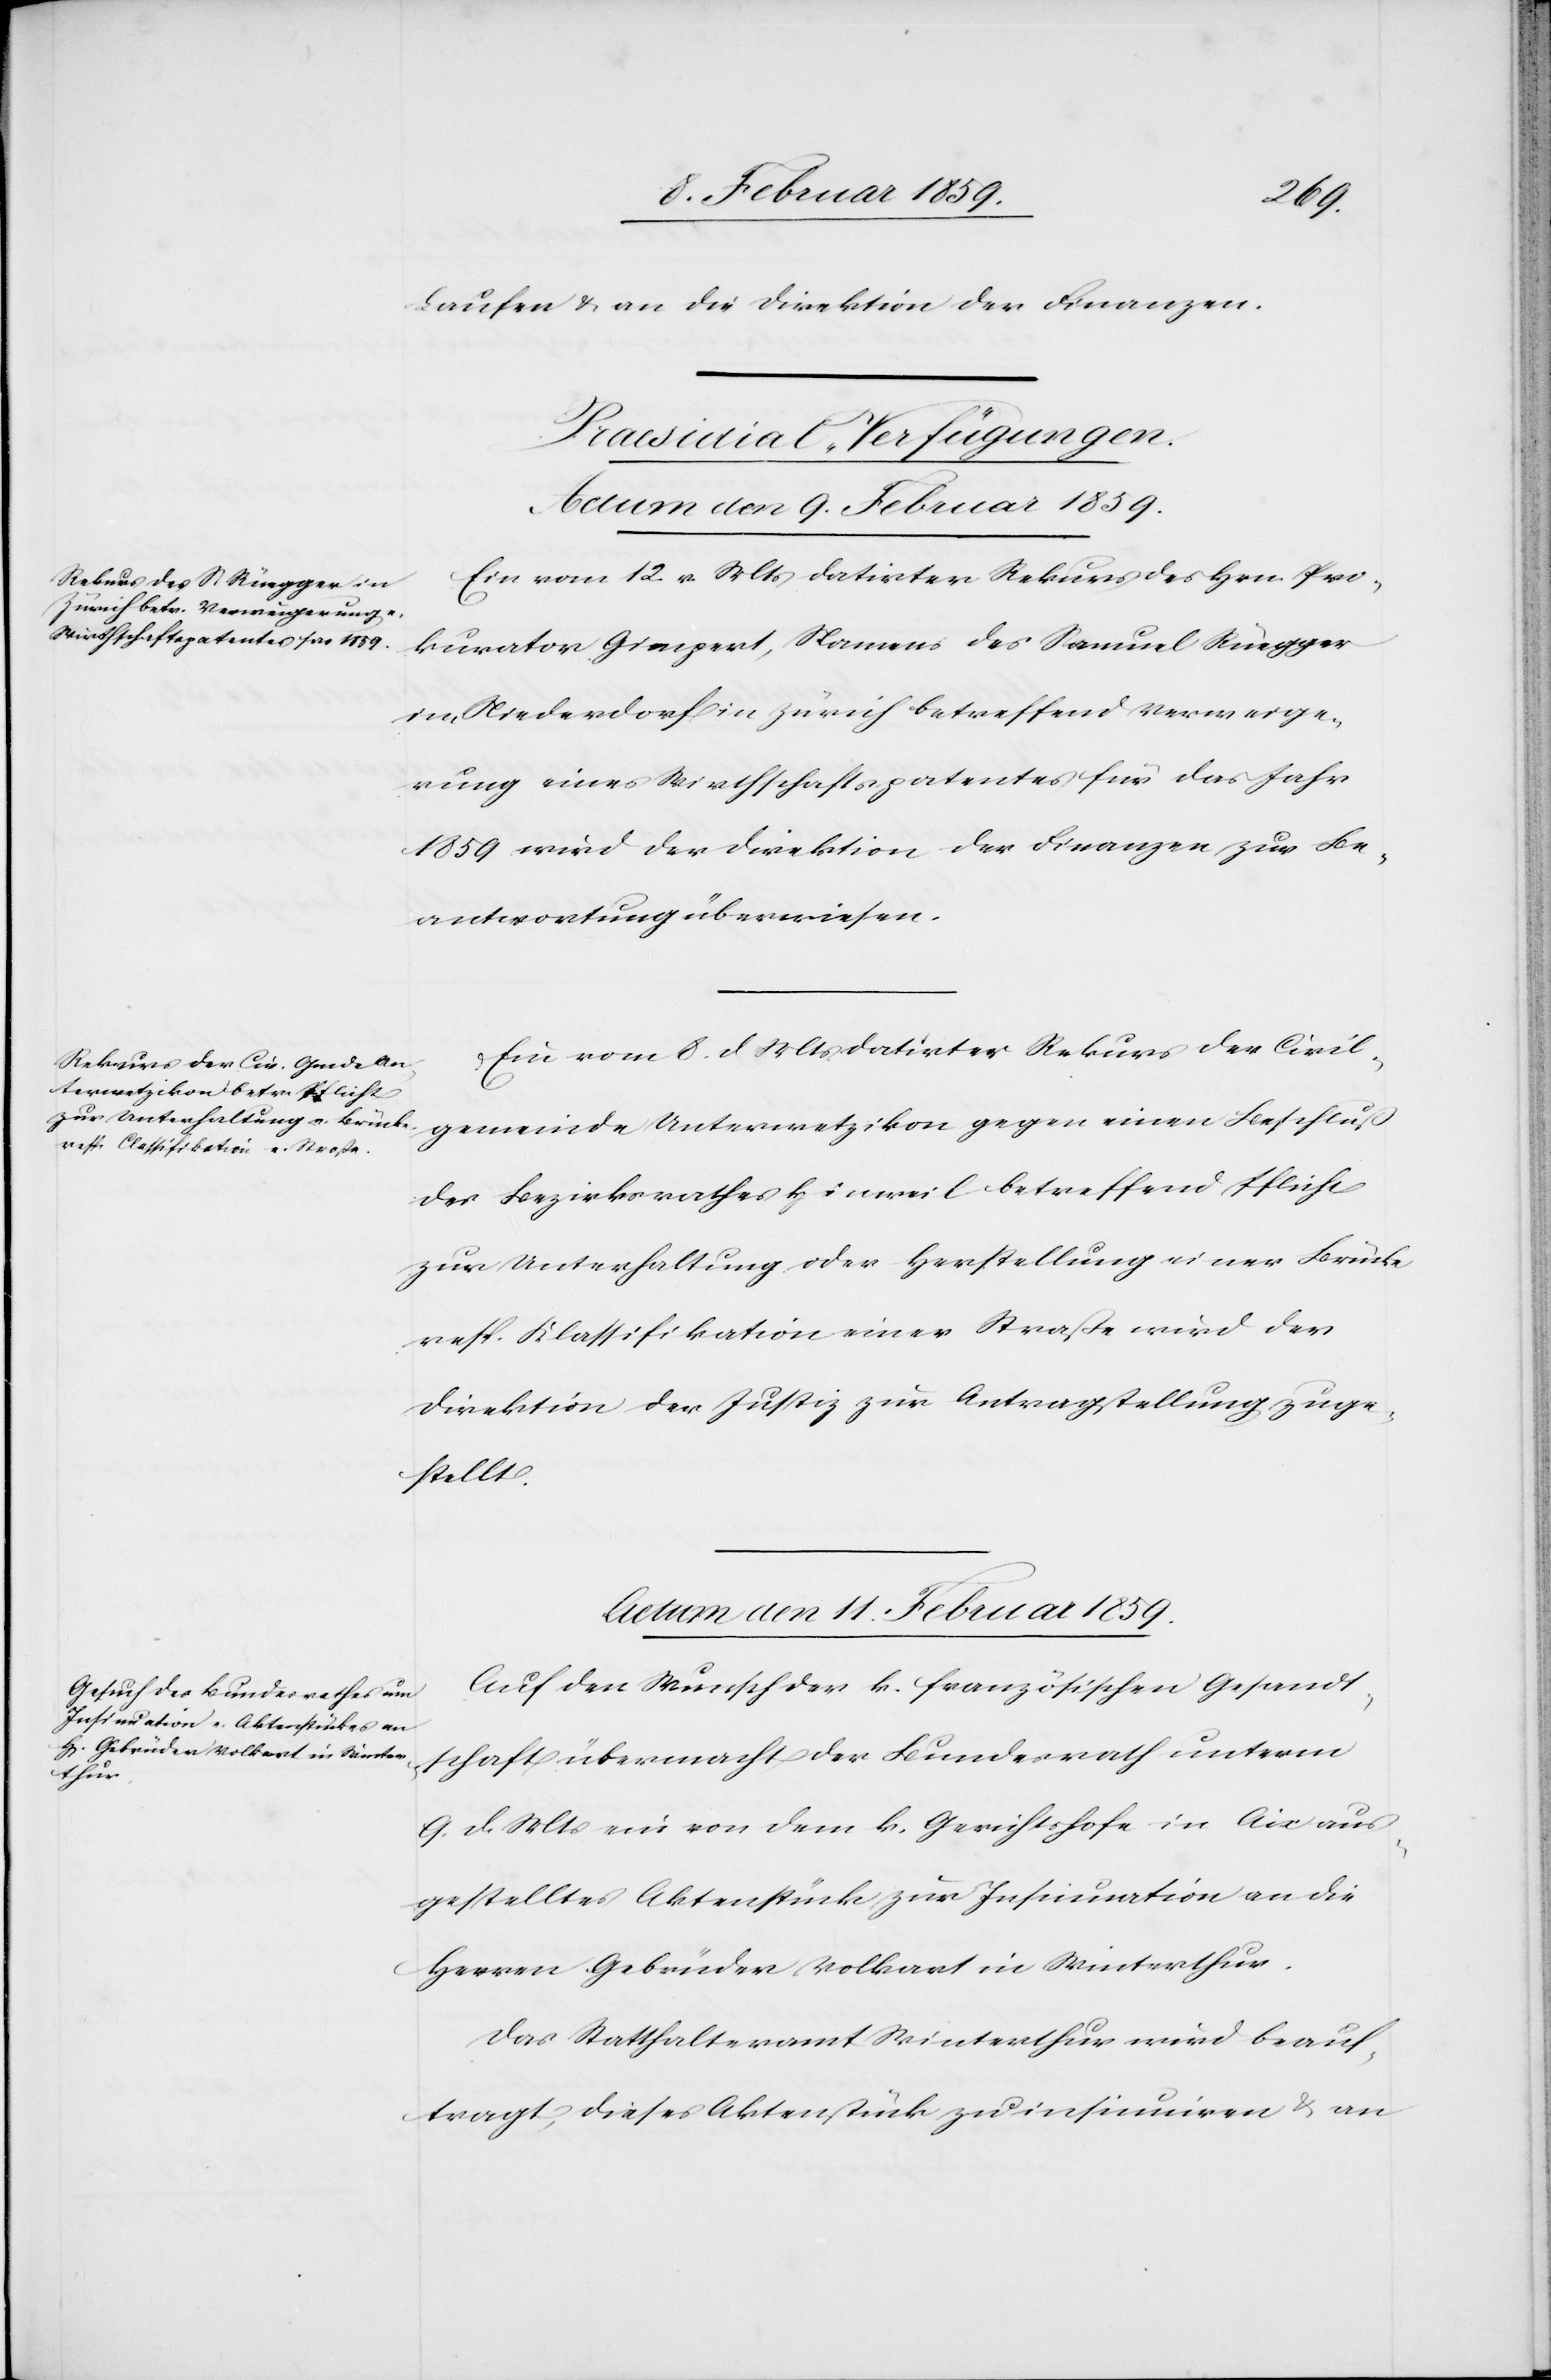
Laufen u. an die Direktion der Finanzen.
[Praesidial-Verfügungen.]
Actum den 9. Februar 1859.]
Ein vom 12. v. Mts datirter Rekurs des Hrn. Pro¬
kurator Gimpert, Namens des Samuel Rüegger
im Niederdorf in Zürich betreffend Verweige¬
rung eines Wirthschaftspatentes für das Jahr
1859 wird der Direktion der Finanzen zur Be¬
antwortung überwiesen.
Ein vom 8. d. Mts. datirter Rekurs der Civil¬
gmeinde Unterwetzikon gegen einen Beschluß
des Bezirksrathes Hinweil betreffend Pflicht
zur Unterhaltung oder Herstellung einer Brücke
resp. Klassifikation einer Straße wird der
Direktion der Justiz zur Antragstellung zuge¬
stellt.
Actum den 11. Februar 1859.
Auf den Wunsch der k. französischen Gesandt¬
schaft übermacht der Bundesrath unterm
9. d. Mts. ein von dem k. Gerichtshofe in Aix aus¬
gestelltes Aktenstück zur Insinuation an die
Herren Gebrüder Volkart in Winterthur.
Das Statthalteramt Winterthur wird beauf¬
tragt, dieses Aktenstück zu insinuiren & an